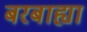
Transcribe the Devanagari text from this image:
बरबाह्या